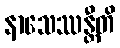
နာသေဿန္တီတိ